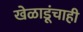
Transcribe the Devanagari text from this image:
खेळाडूंचाही